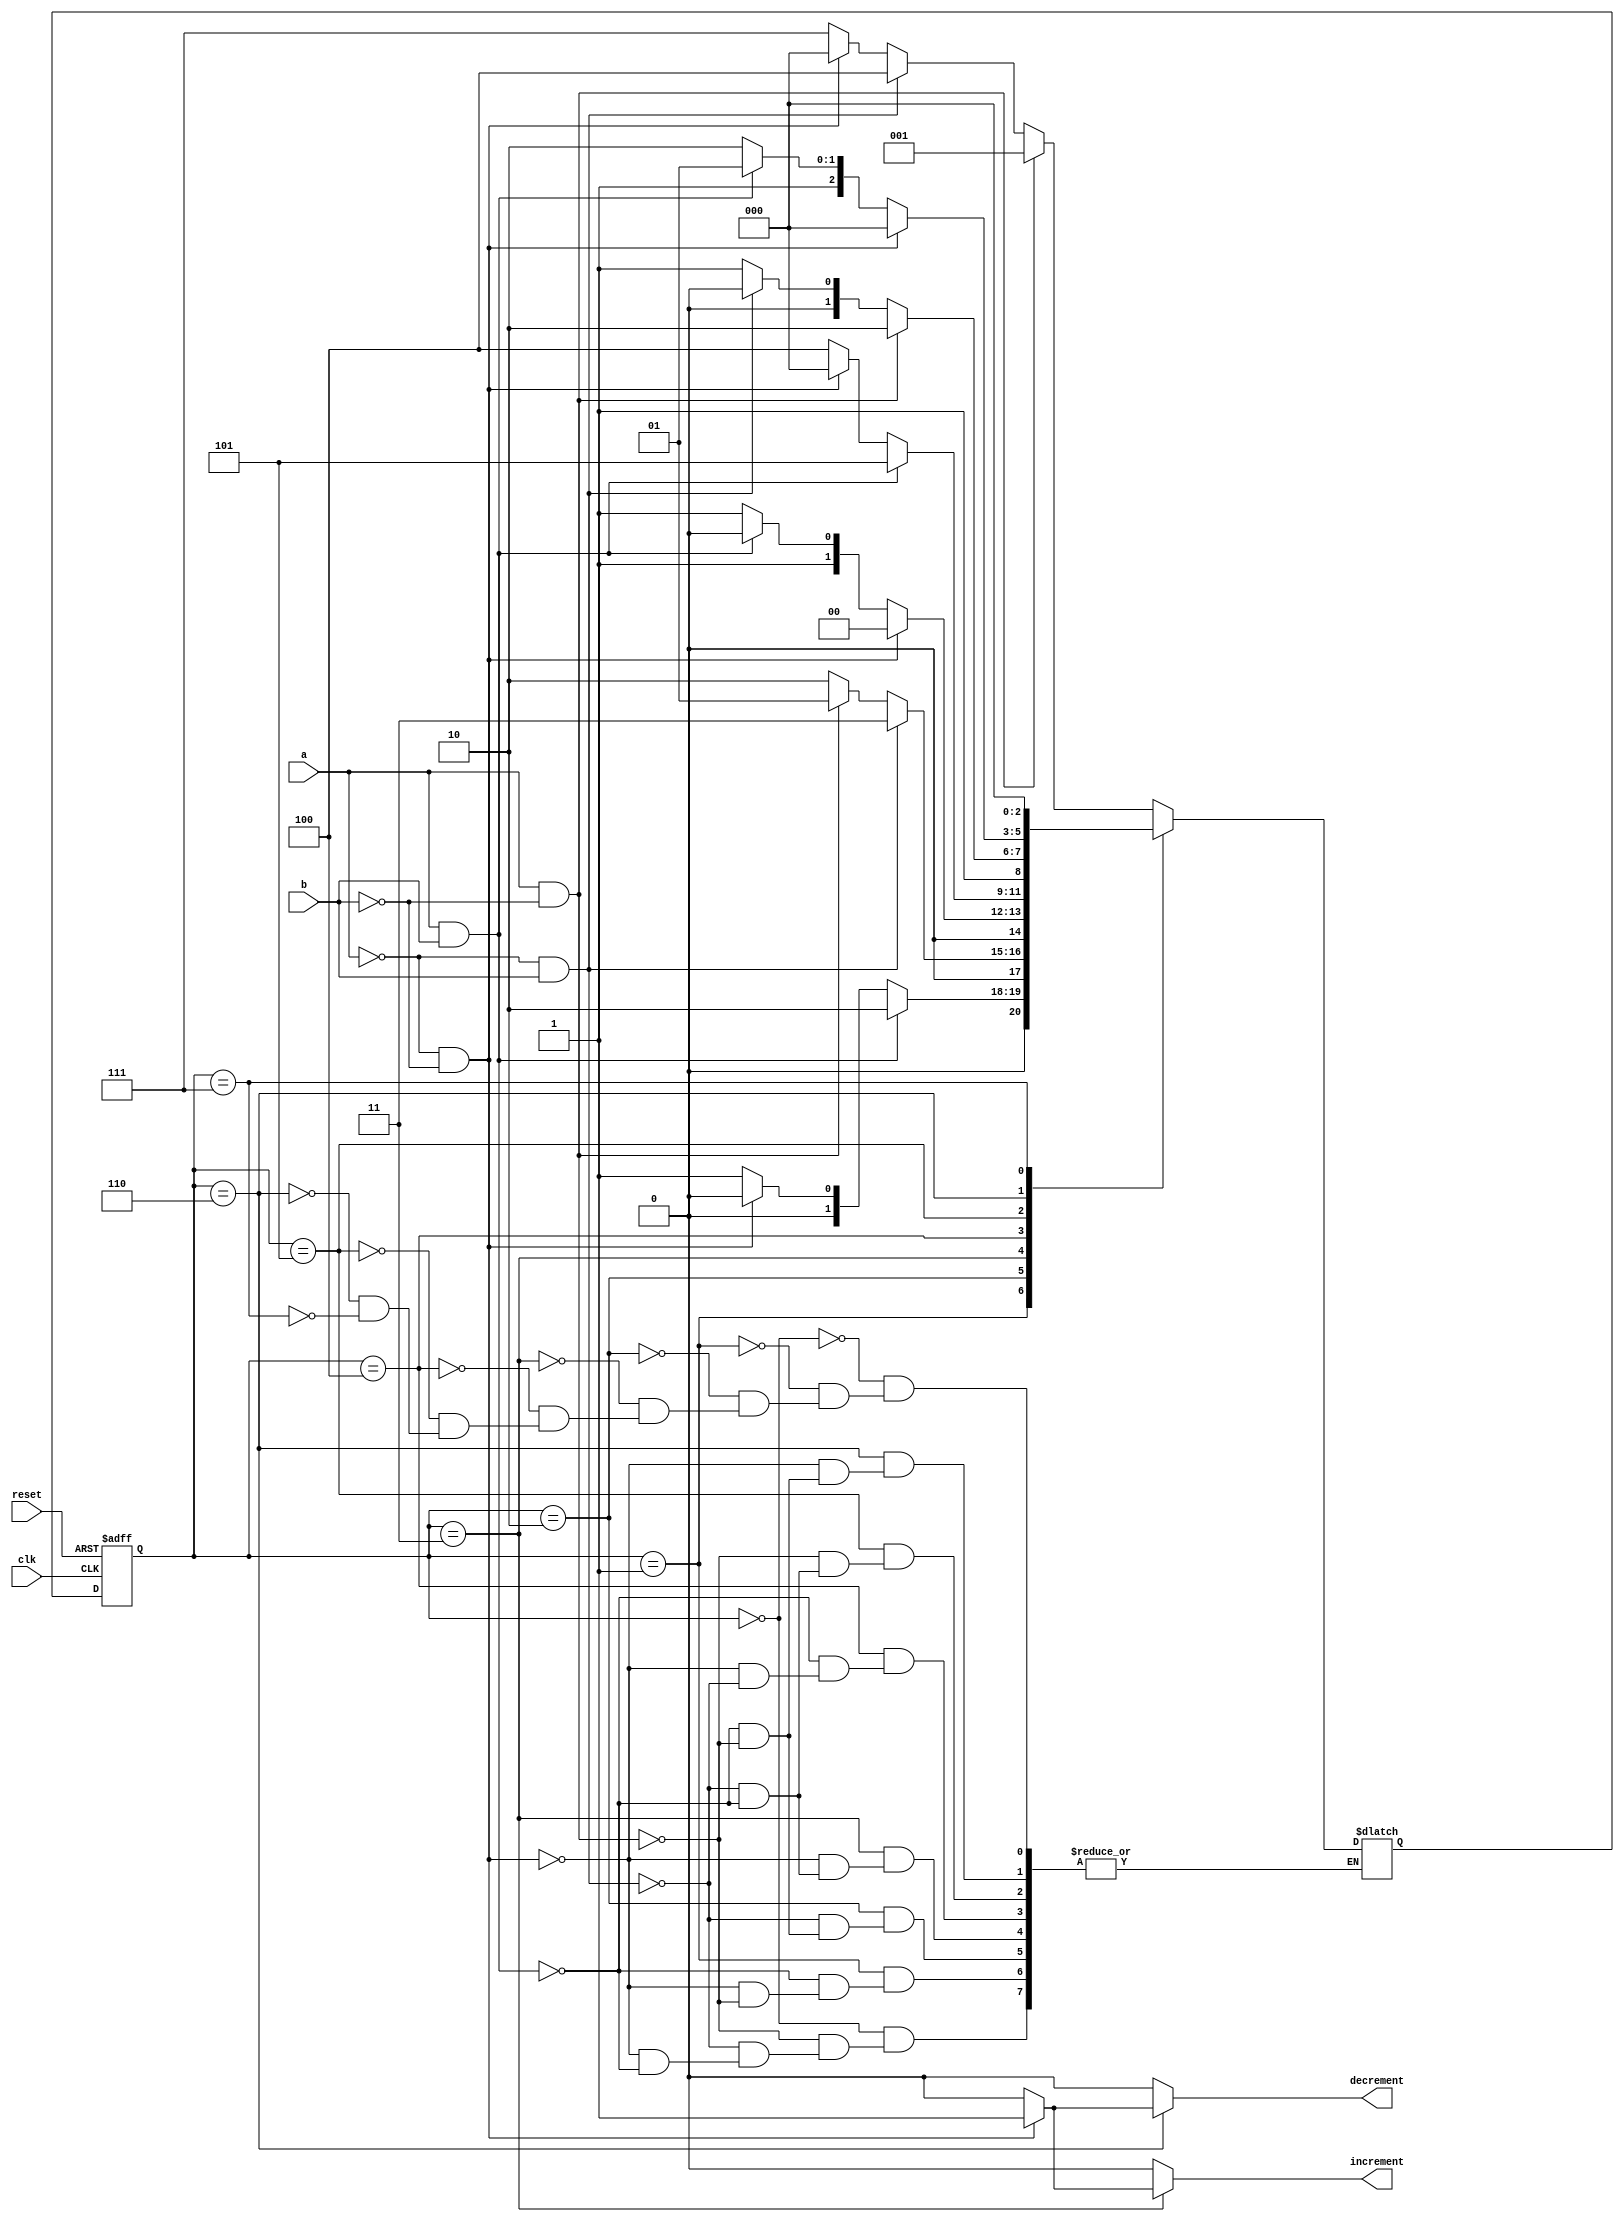
module ParkingFinal(
    input a,
    input b,
    input clk,
    input reset,
    output reg increment,
    output reg decrement
    );

 localparam [2:0]
			idle = 3'b000,
			s1 = 3'b001,
			s2 = 3'b010,
			s3 = 3'b011,
			s4 = 3'b100,
			s5 = 3'b101,
			s6 = 3'b110,
			invalid =3'b111;
			//Internal Registers as Temp variabls
			reg[2:0] state_reg,state_next;
			initial begin
			state_reg = 0;			//Initializing state_reg to zero
			state_next = 0;
			end
				// STATE_REGESTER
			always@(posedge clk, posedge reset)
				begin
				if (reset)
					state_reg <= idle;
				else
					state_reg <= state_next;
				end
				
				//NEXT_STATE LOGIC AND OUTPUT
				
				always@*
				begin
					increment <= 0 ; // default value for inc going to the clock is 0 unless triggered
					decrement <= 0 ; // default value for dec going to the clock is 0 unless triggered
					
					case(state_reg)
		         //initial state 
						idle:
							if(a&~b) // car entering
								state_next <= s1;
							else if (~a&b) //care exiting
								state_next <= s4;
							else if (~a&~b) //No car
								state_next<=idle;
			// if both sensors are triggered at the same time without having a car entring or leaving
			// Impossible to happen but it's for the safety of the system.
							else if (a&b) 
								state_next <= invalid;
						s1:
							if(a&b) // a car half way through entring the parking structure.
								state_next <= s2;
							else if(~a&~b) // if a car enters and then back off 
								state_next <= idle;
							else if (a&~b) // car enters but not moving or moving slowly 
								state_next<=s1;
						s2:
							if(~a&b) // car is alomost entering
								state_next <= s3;
							else if(a&~b)
								state_next <= s1; // backing off!!
							else if(a&b)
								state_next <= s2; //not moving!!
						s3:
							if(~a&~b) // car entered!!
								begin
									increment <= 1; // incrementing the number of cars in the parking structure.
									state_next <= idle; // starting all over again
								end
							else if(a&b)	// the car is backing off and it is in the middle 
								state_next <= s2;
							else if (~a&b) // the car not moving.!!
								state_next <= s3;
						
						s4:
							if(a&b) // the car is half way through leving 
								state_next <= s5;
							else if(~a&~b) // the car is backing off and going back the parking structure!!
								state_next <= idle;
							else if (~a&b) // The car not maving!! it triggered sensor b and stopped moving
								state_next <= s4;
						s5:
							if(a&~b) // The car is almost leaving the parking structure
								state_next <= s6;
							else if(~a&b) //The car is backing off!!
								state_next <= s4;
							else if (a&b) // The car is half way through leaving but stopped moving
								state_next <= s5;
								
						s6:
							if(~a&~b) // the car left the parking structure!!
							begin
								decrement <= 1 ;
								state_next<=idle;
							end
							else if(a&b) // going back to the parking structure
								state_next <= s5;
							else if(a&~b) // The car is triggering sensor "a" on the way leaving the parking 
							             //but did not leave.Stopped!!
								state_next <= s6;						
								invalid:
							state_next<=idle;
					endcase
				end
		 endmodule